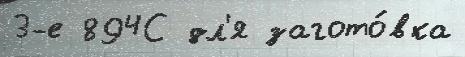
3-е 894С дл'я загото́вка